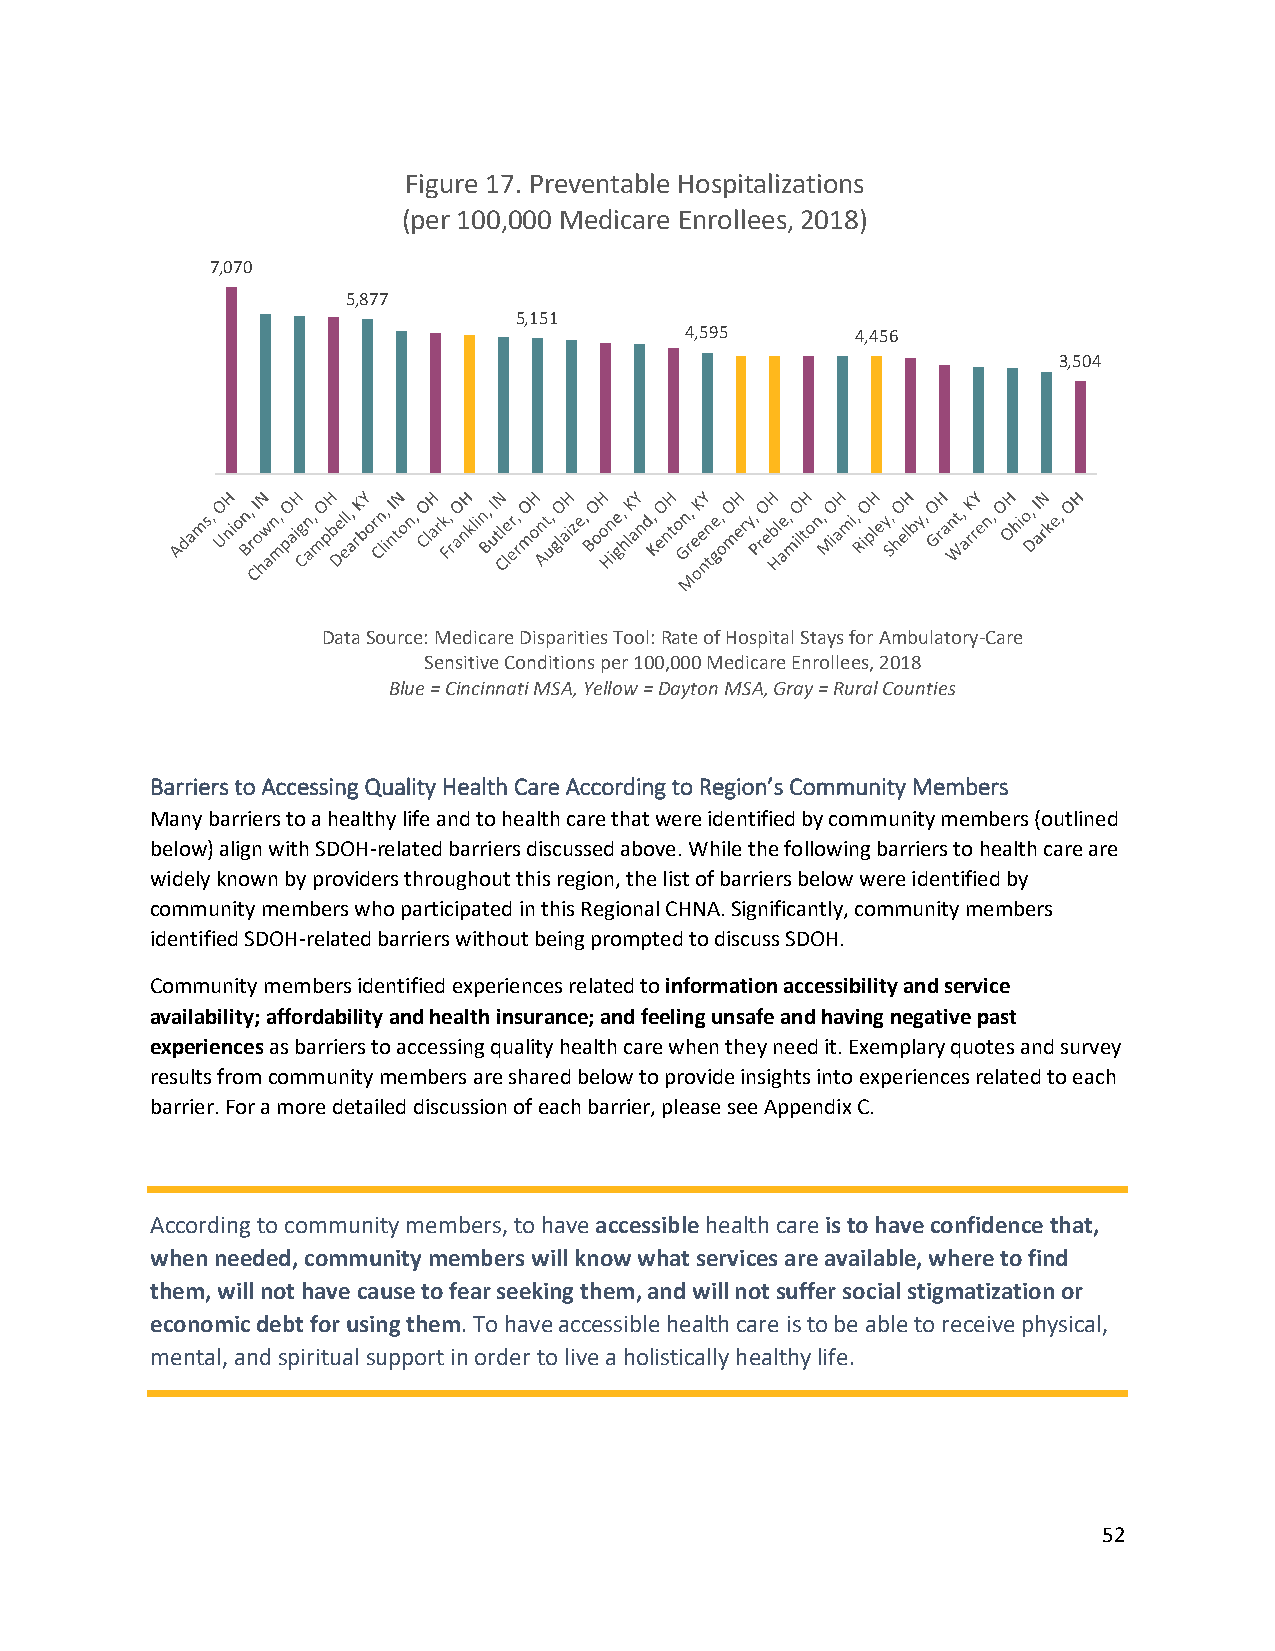
Figure 17. Preventable Hospitalizations
 (per 100,000 Medicare Enrollees, 2018)
 7,070
 5,877
 5,151
 4,595       4,456
 3,504
 Data Source: Medicare Disparities Tool: Rate of Hospital Stays for Ambulatory-Care
 Sensitive Conditions per 100,000 Medicare Enrollees, 2018
 Blue = Cincinnati MSA, Yellow = Dayton MSA, Gray = Rural Counties
 Barriers to Accessing Quality Health Care According to Region’s Community Members
 Many barriers to a healthy life and to health care that were identified by community members (outlined
 below) align with SDOH-related barriers discussed above. While the following barriers to health care are
 widely known by providers throughout this region, the list of barriers below were identified by
 community members who participated in this Regional CHNA. Significantly, community members
 identified SDOH-related barriers without being prompted to discuss SDOH.
 Community members identified experiences related to information accessibility and service
 availability; affordability and health insurance; and feeling unsafe and having negative past
 experiences as barriers to accessing quality health care when they need it. Exemplary quotes and survey
 results from community members are shared below to provide insights into experiences related to each
 barrier. For a more detailed discussion of each barrier, please see Appendix C.
 According to community members, to have accessible health care is to have confidence that,
 when needed, community members will know what services are available, where to find
 them, will not have cause to fear seeking them, and will not suffer social stigmatization or
 economic debt for using them. To have accessible health care is to be able to receive physical,
 mental, and spiritual support in order to live a holistically healthy life.
 52